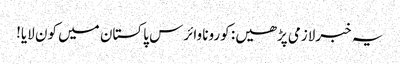
یہ خبرلازمی پڑھیں: کورونا وائرس پاکستان میں کون لایا!